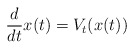
\begin{align*}\frac{d}{dt} x(t) = V_t(x(t)) \end{align*}